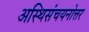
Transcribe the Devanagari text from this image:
अस्थिसंचयनोत्तर